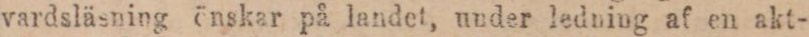
vardsläsning önskar på landet, under ledning af en akt-